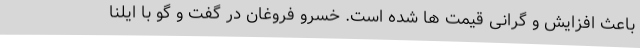
باعث افزایش و گرانی قیمت ها شده است. خسرو فروغان در گفت و گو با ایلنا